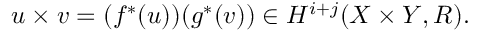
u \times v = ( f ^ { * } ( u ) ) ( g ^ { * } ( v ) ) \in H ^ { i + j } ( X \times Y , R ) .